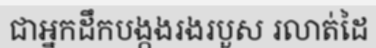
ជាអ្នកដឹកបង្កងរងរបួស រលាត់ដៃ